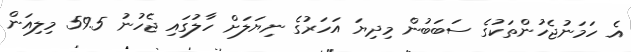
އެ ހަމަނުޖެހުންތަކުގެ ސަބަބުން މިދިޔަ އަހަރުގެ ނިޔަލަށް ހާލުގައި ޖެހުނު 59.5 މިލިއަން